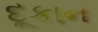
દૂકાન